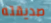
صديقته